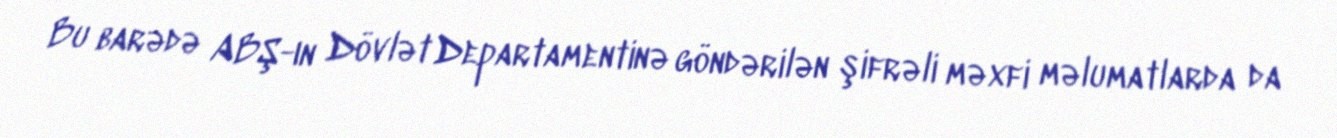
Bu barədə ABŞ-ın Dövlət Departamentinə göndərilən şifrəli məxfi məlumatlarda da